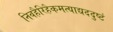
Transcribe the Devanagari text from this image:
निवहैरिहैकमत्याद्यददुष्टं